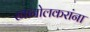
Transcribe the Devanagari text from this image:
खानोलकरांना